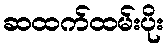
ဆထက်ထမ်းပိုး